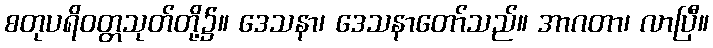
စတုပရိဝတ္တသုတ်တို့၌။ ဒေသနာ၊ ဒေသနာတော်သည်။ အာဂတာ၊ လာပြီ။